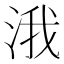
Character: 涐